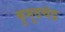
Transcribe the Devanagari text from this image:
कुमुदचंद्र